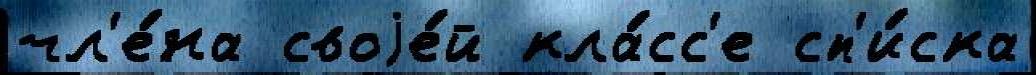
чл'е́на своjе́й кла́сс'е сп'и́ска